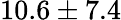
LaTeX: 10.6\pm 7.4